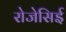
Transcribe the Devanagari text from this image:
रोजेसिई